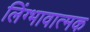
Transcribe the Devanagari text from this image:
लिंग्भावात्मक